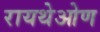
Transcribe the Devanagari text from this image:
रायथेओण